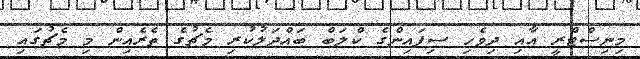
މިނިސްޓްރީ އާއި ދިވެހި ސިފައިންގެ ކްލަބް ބައްދަލުކުރި މެޗުގެ ތެރެއިން މި މެޗުގައި